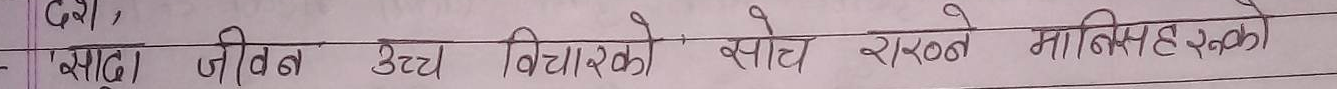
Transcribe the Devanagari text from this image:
जिन्दगी उच्च विचारको सोच राख्ने मानिसहरूका